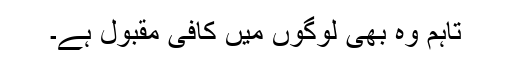
تاہم وہ بھی لوگوں میں کافی مقبول ہے۔